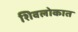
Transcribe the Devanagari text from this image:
शिवलोकात